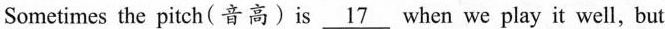
Sometimes the pitch(音高) is \underline{17} when we play it well, but